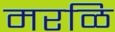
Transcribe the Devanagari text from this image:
मरळि